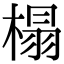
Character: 榻